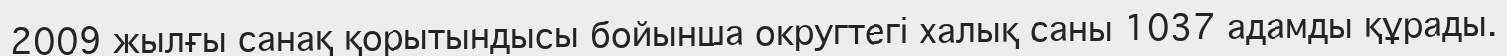
2009 жылғы санақ қорытындысы бойынша округтегі халық саны 1037 адамды құрады.